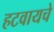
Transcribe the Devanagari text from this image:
हटवायचे